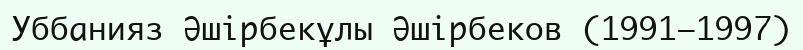
Уббанияз Әшірбекұлы Әшірбеков (1991–1997)